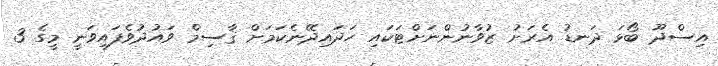
އިސްދޫ ބޯޅަ ދަނޑު އެރަށު ޒުވާނުންނަށްޓަކައި ހަދައިދޭނެކަމަށް ޤާސިމް ވައުދުވެފައިވަނީ މީގެ 3